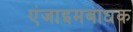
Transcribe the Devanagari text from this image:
एंजाइमबाधक